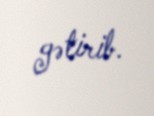
gətirib.